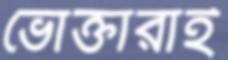
ভোক্তারাই